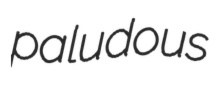
paludous